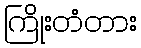
ကြိုးတံတား